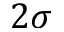
2 \sigma